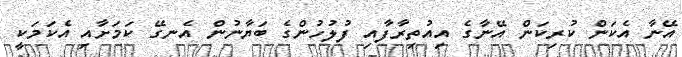
އޭނާ އެކަން ކުރިކަން އޭނާގެ އިއުތިރާފާއި ފުލުހުންގެ ބަޔާނުން އެނގޭ ކަމަށާއި އެކަމަކީ